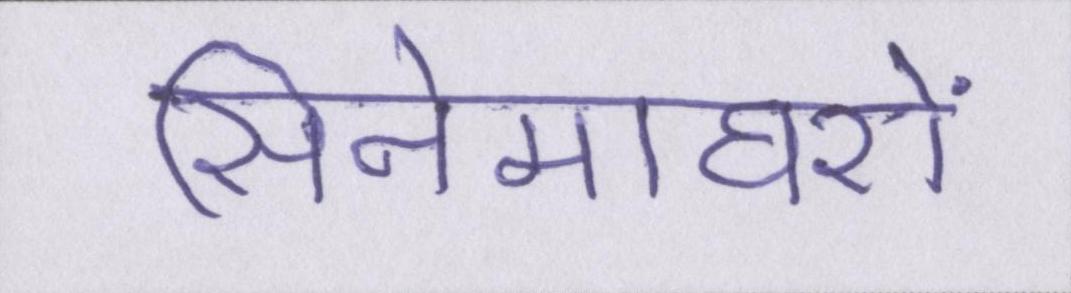
सिनेमाघरों